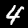
Digit: 4